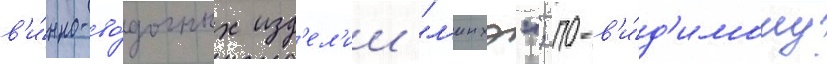
в'и́нно-во́дочных изд'ел'ии "л'инхэ"; по-в'и́д'имому